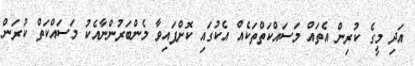
އަދި މީގެ ކުރިން އެތައް މަސައްކަތްތަކެއް އެކުގައި ކޮށްފައިވާ މެންބަރުންނާއެކު މަސައްކަތް ކުރަން